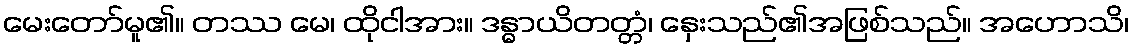
မေးတော်မူ၏။ တဿ မေ၊ ထိုငါအား။ ဒန္ဓာယိတတ္တံ၊ နှေးသည်၏အဖြစ်သည်။ အဟောသိ၊